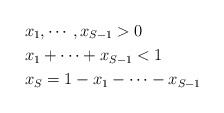
\begin{align*} &x_1, \cdots, x_{S-1} > 0 \\&x_1 + \cdots + x_{S-1} < 1 \\ &x_S = 1 - x_1 - \cdots - x_{S-1} \end{align*}